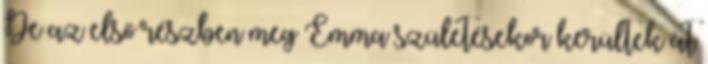
De az első részben meg Emma születésekor kerültek át